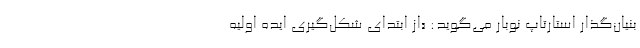
بنیان‌گذار استارتاپ نوبار می‌گوید: «از ابتدای شکل‌گیری ایده اولیه